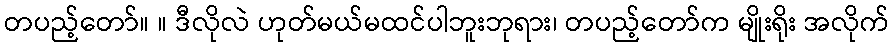
တပည့်တော်။ ။ ဒီလိုလဲ ဟုတ်မယ်မထင်ပါဘူးဘုရား၊ တပည့်တော်က မျိုးရိုး အလိုက်